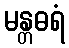
မန္တဓရံ